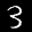
Label: 3